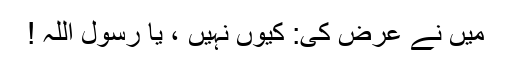
میں نے عرض کی: کیوں نہیں ، یا رسول اللہ !